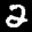
Label: 2